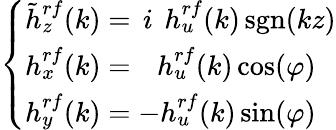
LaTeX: \left\{ \begin{array}{l}{\tilde{h}_{z}^{rf}(k)=\, i\, ~h_{u}^{rf}(k)\, \textrm{sgn}(kz)}\\ {h_{x}^{rf}(k)=~~\, h_{u}^{rf}(k)\cos(\varphi)}\\ {h_{y}^{rf}(k)=-h_{u}^{rf}(k)\sin(\varphi)}\end{array}\right.